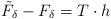
LaTeX: \begin{align*}\tilde F_{\delta} - F_{\delta} = T \cdot h\end{align*}